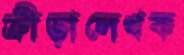
ক্রীড়ালেখক